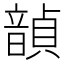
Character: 𫖙